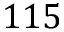
1 1 5